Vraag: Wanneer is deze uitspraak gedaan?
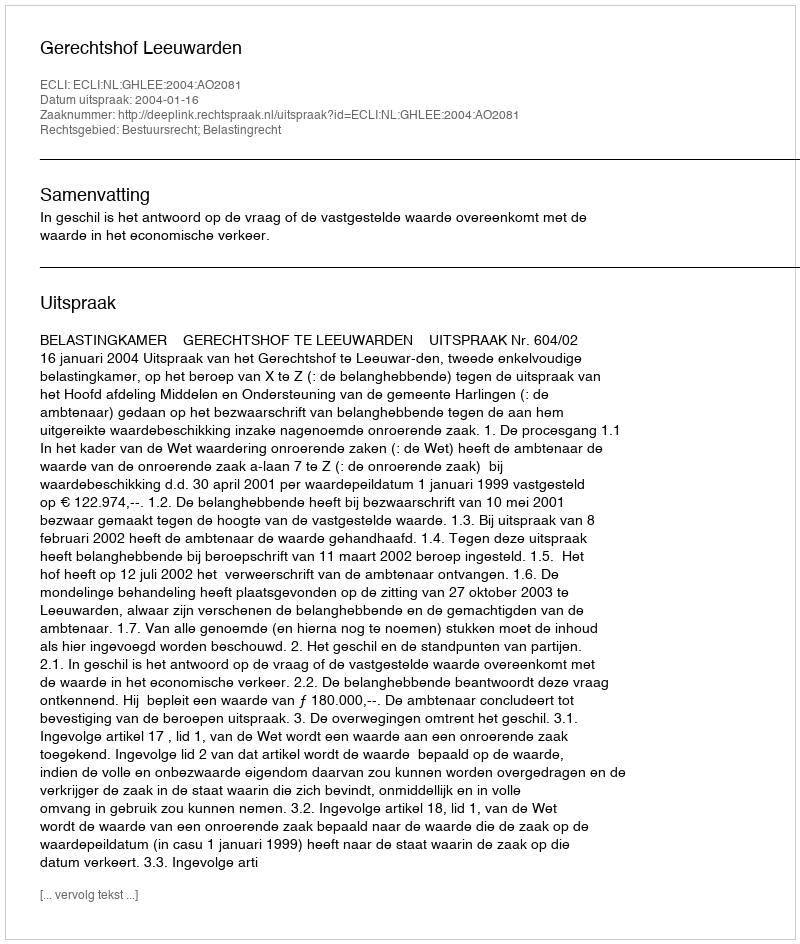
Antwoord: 2004-01-16